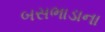
બસભાડાના